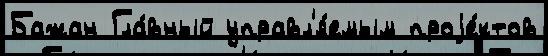
Бажан Гла́вный управл'я́емым проjе́ктов